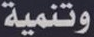
وتنمية